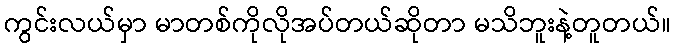
ကွင်းလယ်မှာ မာတစ်ကိုလိုအပ်တယ်ဆိုတာ မသိဘူးနဲ့တူတယ်။